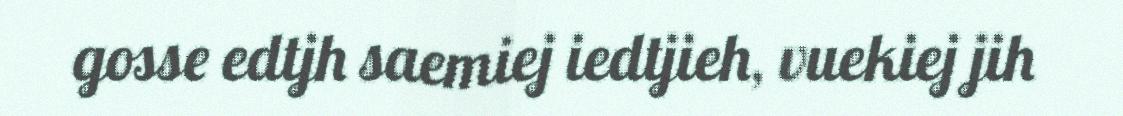
gosse edtjh saemiej iedtjieh, vuekiej jih